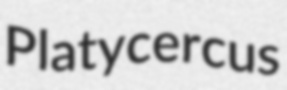
Platycercus